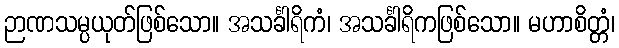
ဉာဏသမ္ပယုတ်ဖြစ်သော။ အသင်္ခါရိကံ၊ အသင်္ခါရိကဖြစ်သော။ မဟာစိတ္တံ၊